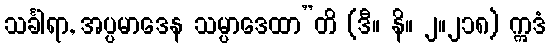
သင်္ခါရာ, အပ္ပမာဒေန သမ္ပာဒေထာ”တိ (ဒီ။ နိ။ ၂။၂၁၈) ဣဒံ